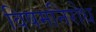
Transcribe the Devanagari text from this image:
विषमनिरोध